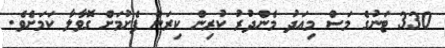
330 ޓަނުގެ މަސް މިއަދު މެންދުރު ކުރިން ކިރަން ފެށުމަށް ގޮވާލާ ކަމަށެވެ.